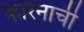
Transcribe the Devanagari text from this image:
करिनाची